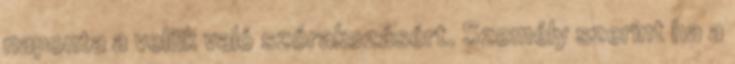
naponta a velük való szórakozásért. Személy szerint ha a